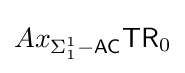
Ax_{\Sigma _{1}^{1}{\mathsf {-AC}}}{\mathsf {TR}}_{0}